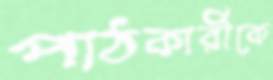
পাঠকারীকে